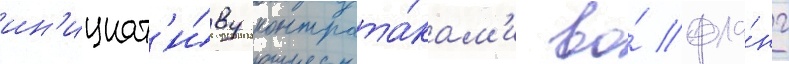
ин'ициат'и́ву контрата́кам'и во́ фла́нг